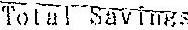
TOTAL SAVINGS